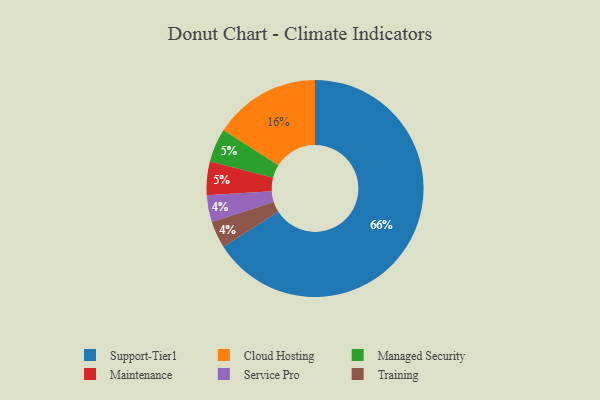
{"axis": {"x": "Category", "y": "Percentage"}, "legend": ["Cloud Hosting", "Maintenance", "Managed Security", "Service Pro", "Support-Tier1", "Training"], "data": [{"x": "Service Pro", "y": 4, "type": "Service Pro"}, {"x": "Managed Security", "y": 5, "type": "Managed Security"}, {"x": "Training", "y": 4, "type": "Training"}, {"x": "Cloud Hosting", "y": 16, "type": "Cloud Hosting"}, {"x": "Support-Tier1", "y": 66, "type": "Support-Tier1"}, {"x": "Maintenance", "y": 5, "type": "Maintenance"}]}